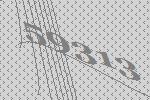
59313